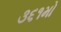
૩૬૧મો